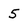
Character: 5